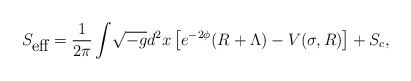
\begin{align*}S_{\mbox{eff}}=\frac{1}{2\pi}\int\! \sqrt{-g} d^{2}x \left[e^{-2\phi}(R+\Lambda)-V(\sigma,R)\right] +S_{c},\end{align*}